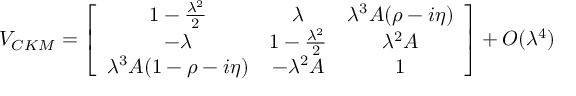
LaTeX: V _ { C K M } = \left[ \begin{array} { c c c } { { 1 - \frac { \lambda ^ { 2 } } { 2 } } } & { { \lambda } } & { { \lambda ^ { 3 } A ( \rho - i \eta ) } } \\ { { - \lambda } } & { { 1 - \frac { \lambda ^ { 2 } } { 2 } } } & { { \lambda ^ { 2 } A } } \\ { { \lambda ^ { 3 } A ( 1 - \rho - i \eta ) } } & { { - \lambda ^ { 2 } A } } & { { 1 } } \end{array} \right] + { \cal { O } } ( \lambda ^ { 4 } )